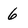
Character: 6